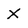
Character: X